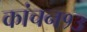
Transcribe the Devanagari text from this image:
कांचन१३